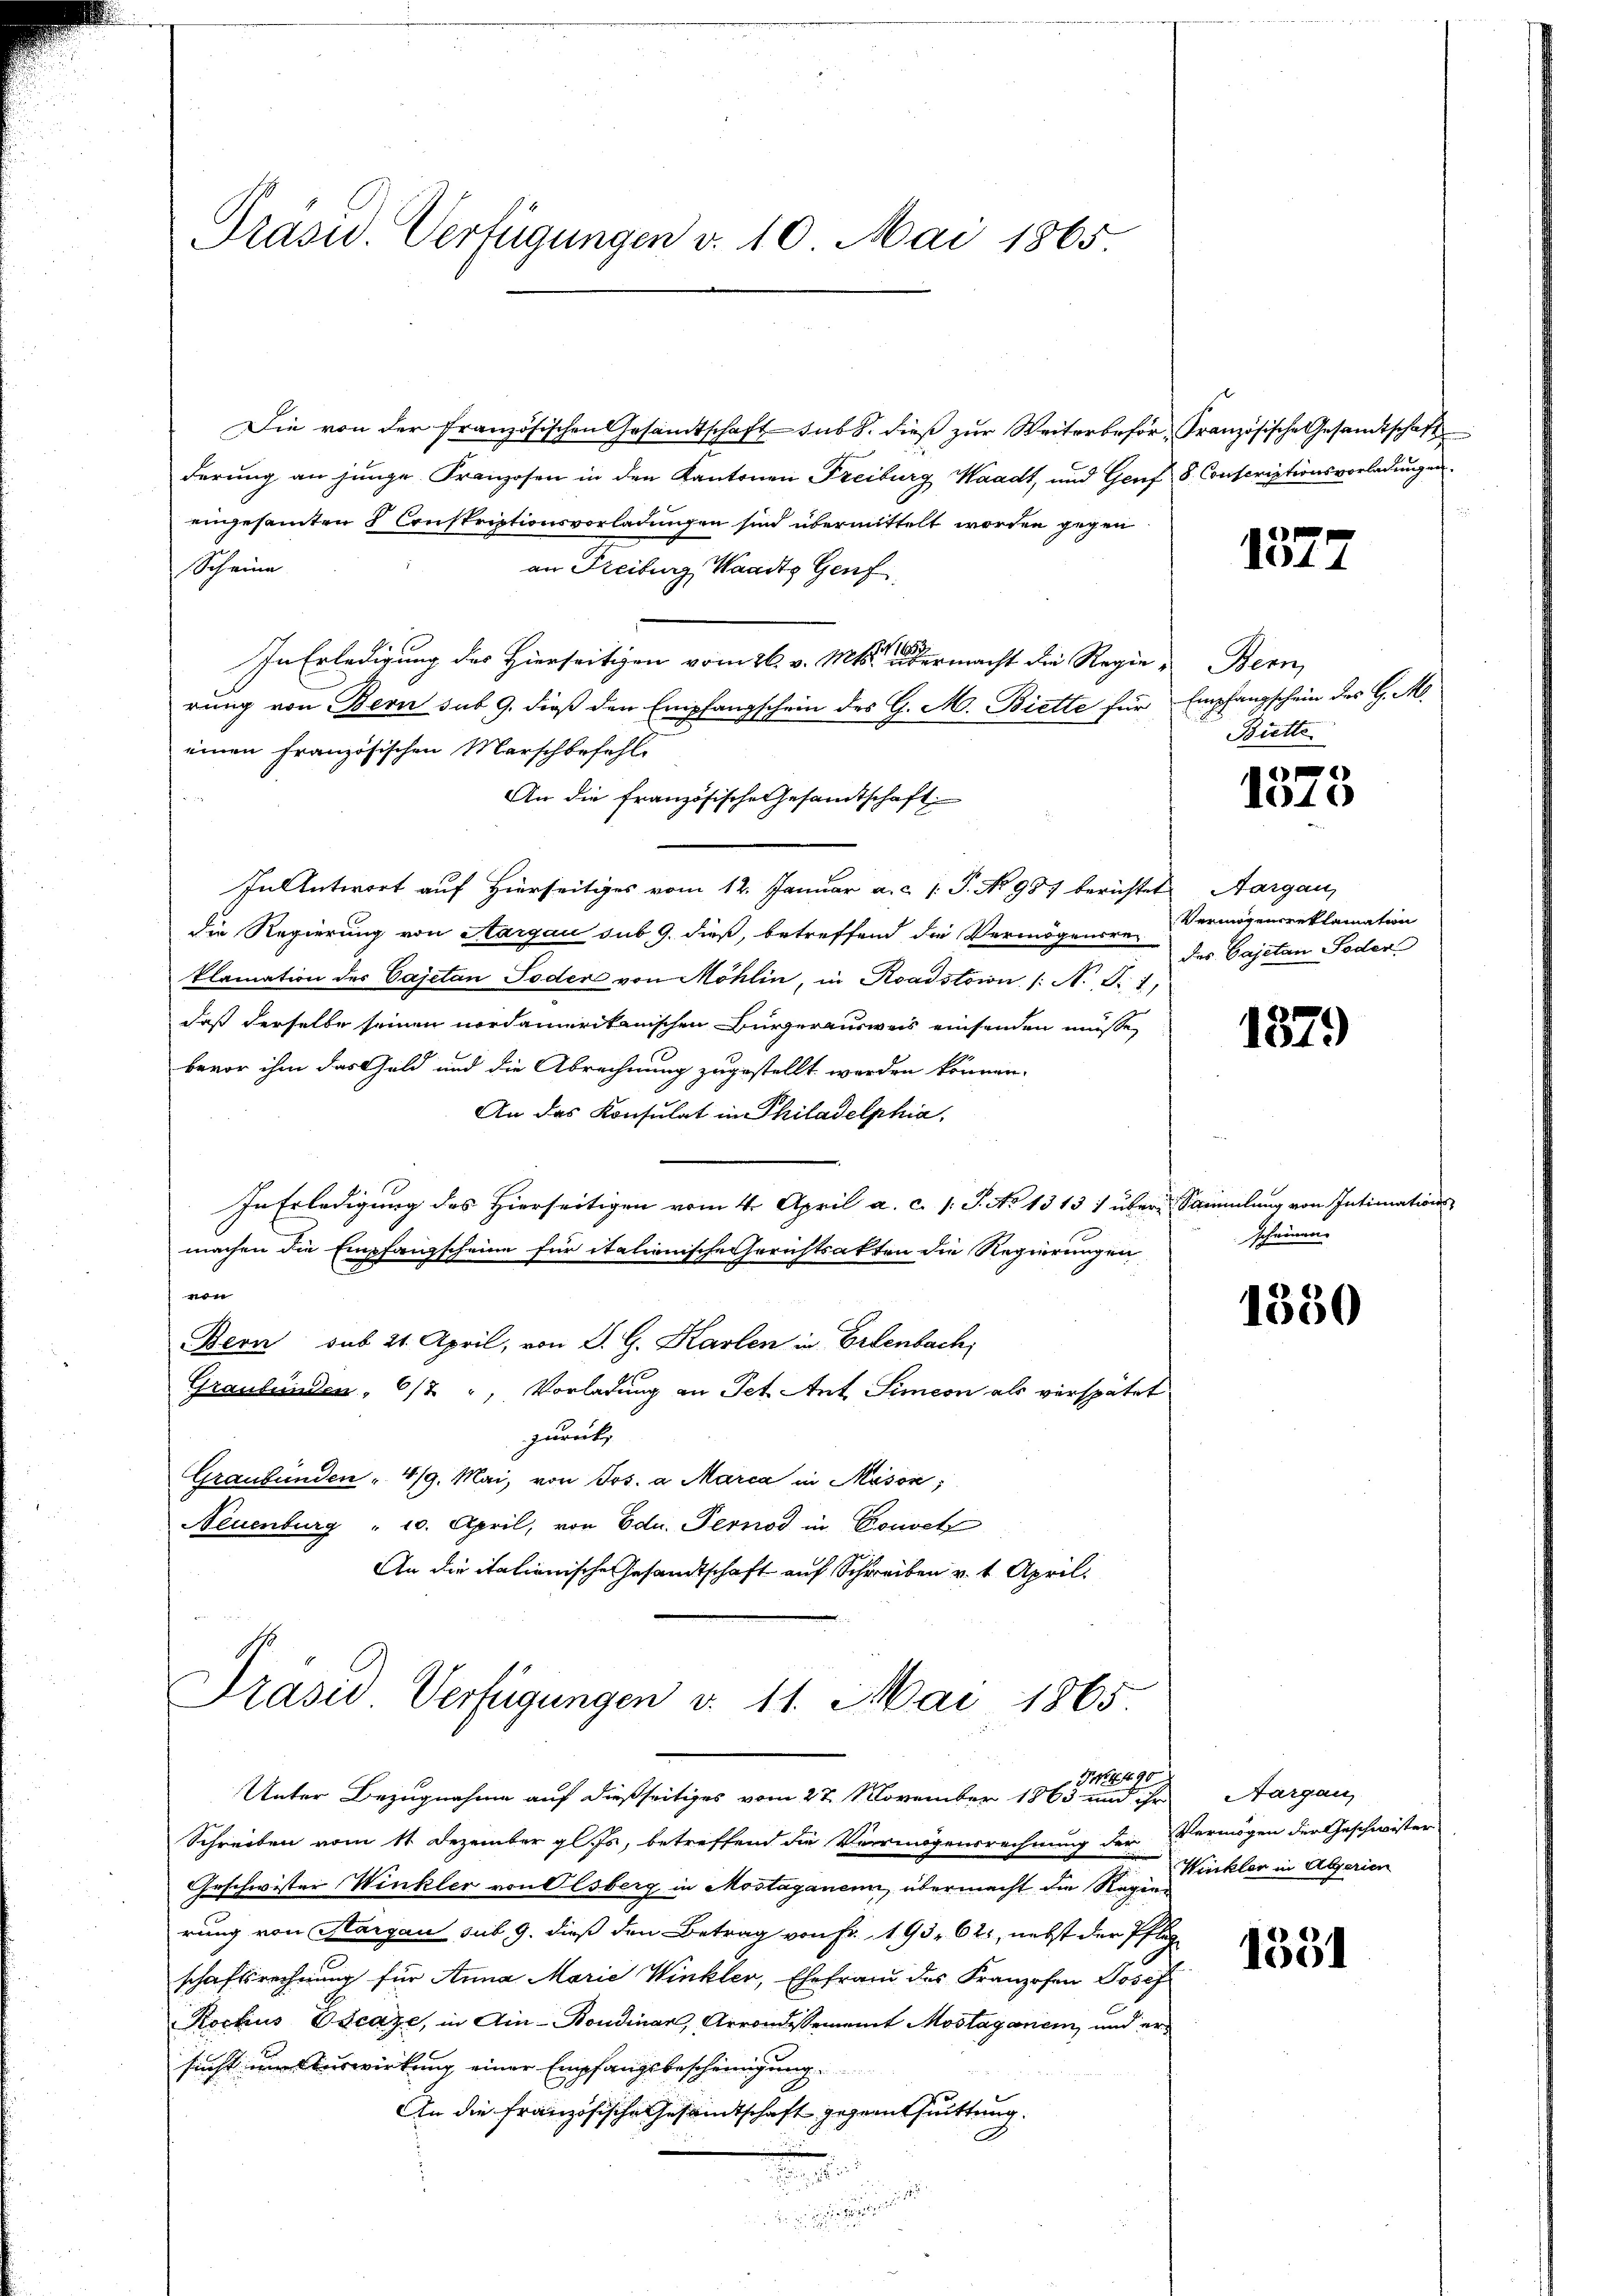
Die von der französischen Gesandtschaft sub b. dieß zur Weiterbefor- Französische Gesandtschaft
derung an junge Franzosen in den Kantonen Freiburg Waadt, und Genf 8. Conscriptionsvorladungen
eingesamten 5 Conskriptionsvorladungen sind übermittelt worden gegen
Scheine
an Freiburg, Waadts Genf
In Erledigung des Hierseitigen vom 26. v. Mts. dermacht die Regierung von Bern sub 9. dieß den Empfangschein des G. M. Biette für Empfangschein des H. M.
einen französischen Marschbefehl
An die französische Gesamtschaft.
In Antwort auf Hierseitiges vom 12. Januar a.c. (T. No 987 berichtet
die Regierung von Aargau sub 9. dieß, betreffend die Vermögensrei
klamation des Cajetan Toder von Möhlin, in Roadstoin /: A. S. 1
daß derselbe seinen nordamerikanischen Bürgerausweis einsenden müsse,
bevor ihm das Geld und die Abrechnung zugestellt werden können.
An das Konsulat in Philadelphia
In Erledigung des Hierseitigen vom 4. April a. c. l. J. No 1313 1 über Sammlung von Intimations-
machen die Empfangscheine für itationische Gerichtsakten die Regierungen
e
Bern sub 21. April, von S. G. Karlen in Erlenbach,
Graubünden, 6/2 ", Vorladung an Pet Ant. Simeon als verspätet
zurück,
Graubünden " 419. Mai, von Jos. a Marca in Misox,
Neuenburg " 10. April, von Edu. Pernod in Gouvet
An die italienische Gesandtschaft auf Schreiben v. 4. April.

Präsid. Verfügungen v. 10. Mai 1865.

Präsid. Verfügungen d. 11. Mai 1865.
H4490
Unter Bezugnahme auf dießseitiges vom 27. November 1863 und ihr

Schreiben vom 11. Dezember gl. Js., betreffend die Vermögensrechnung der Vermögen der Geschwister
Geschwister Winkler von Olsberg in Mostaganen, übermacht die Regen wickler in Algerien
rung von Aargau sub. 9. dieß den Betrag von Fr. 193. 62, nebst der Pfleg
schaftsrechnung für Anna Marie Winkler, Ehefraud des Franzosen Josef
Kockus Escaze, in Ain-Bondinan, Arrondissement Mostagonem, und er
sucht um Auswirkung einer Empfangsbescheinigung
An die französische Gesandtschaft gegenthuittung.
.

i

1377

em
Biette

1
1015

Aargau,
Vermögensreklamation
des Cajetan Feder

1379)

scheinen

1350

Aargau

1551